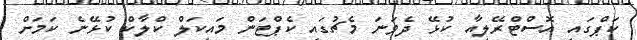
ކަޕްގައި އޮސްޓްރޭލިއާ ކުޅޭ ދެވަނަ މެޗުގައި ކެޕްޓަން މައިކަލް ކްލާކް ކުޅޭނެ ކަމަށް